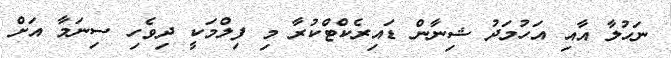
ނަހުލާ އާއި އަހުމަދު ޝިނާން ޑައިރެކްޓްކުރާ މި ފިލްމަކީ ދިވެހި ސިނަމާ އަށް